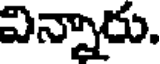
విన్నారు.